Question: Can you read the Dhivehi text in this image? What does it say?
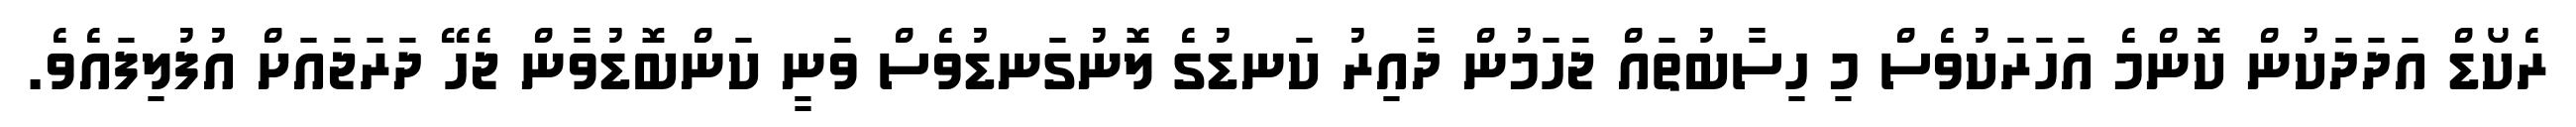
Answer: ރެކޯޑް އަދަދަކުން ކޮންމެ އަހަރަކުވެސް މި ހިސާބުތައް ޖަހަމުން ދާއިރު ކަނޑުގެ ލޮނުގަނޑުވެސް ވަނީ ކަންބޮޑުވާން ޖެހޭ ދަރަޖައަށް އުފުލިފައެވެ.